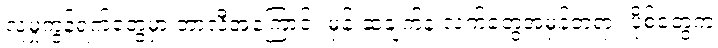
လူမှုကွန်ရက်တွေမှာ ဘာလီအကြောင်း မှန်းဆချက်နဲ့ လက်တွေ့အမှန်တရား ပို့စ်တွေက